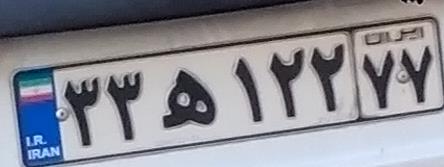
۳۳ه۱۲۲۷۷